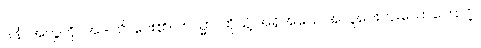
ဒါနံ၊ အလှူကို။ အဒါသိ၊ ပေး၏။ တသ္မာ၊ ထိုသို့ အရိုအသေ အလှုပေးဘူးသောကြောင့်။